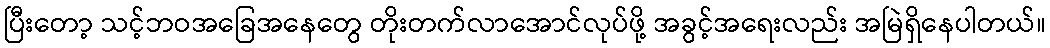
ပြီးတော့ သင့်ဘဝအခြေအနေတွေ တိုးတက်လာအောင်လုပ်ဖို့ အခွင့်အရေးလည်း အမြဲရှိနေပါတယ်။